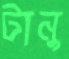
টানু